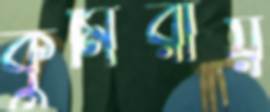
কুমিরায়